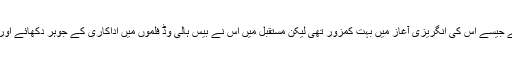
اوم پوری نے زندگی میں ہمیشہ چیلنجز قبول کئے جیسے اس کی انگریزی آٖغاز میں بہت کمزور تھی لیکن مستقبل میں اس نے بیس ہالی وڈ فلموں میں اداکاری کے جوہر دکھائے اور برطانیہ سے آرڈر آف برٹش ایمپائر وصول کیا۔